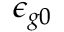
\epsilon _ { g 0 }